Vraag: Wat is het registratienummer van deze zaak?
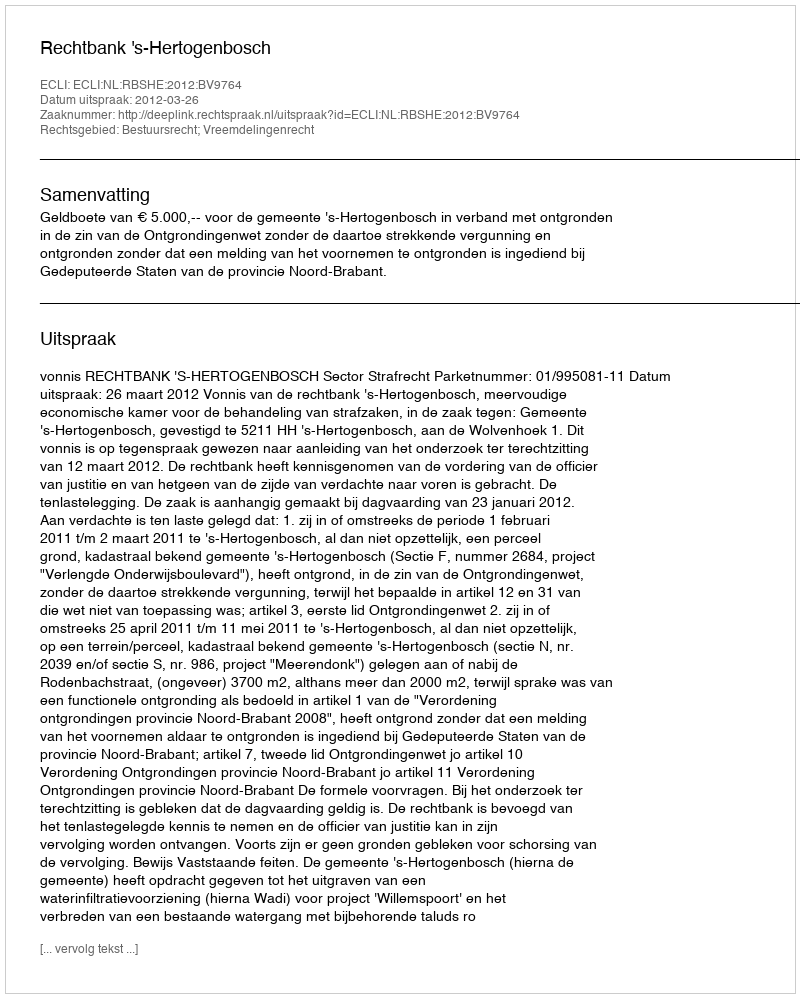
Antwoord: http://deeplink.rechtspraak.nl/uitspraak?id=ECLI:NL:RBSHE:2012:BV9764